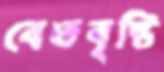
বেতবৃষ্টি